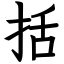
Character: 括